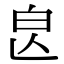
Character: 𣌣